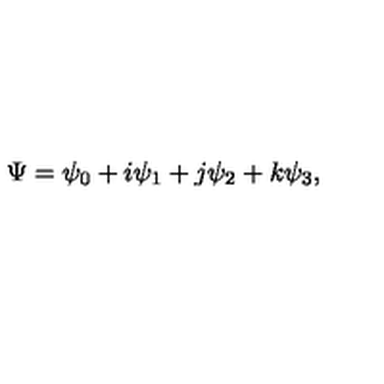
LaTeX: \Psi = \psi _ { 0 } + i \psi _ { 1 } + j \psi _ { 2 } + k \psi _ { 3 } ,